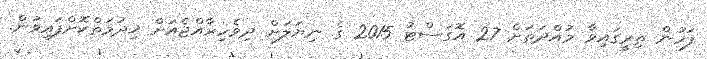
ފަހުން ތިރީގައިވާ މުއްދަތަށް 27 އޮގަސްޓު 2015 ގެ ނިޔަލަށް ދިވެހިރާއްޖެއަށް ޚިދުމަތްކޮށްފައިވުން.